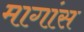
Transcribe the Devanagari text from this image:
मागांस